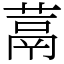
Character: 蒚